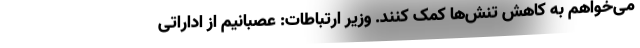
می‌خواهم به کاهش تنش‌ها کمک کنند. وزیر ارتباطات: عصبانیم از اداراتی